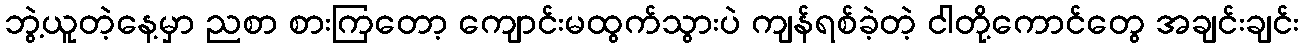
ဘွဲ့ယူတဲ့နေ့မှာ ညစာ စားကြတော့ ကျောင်းမထွက်သွားပဲ ကျန်ရစ်ခဲ့တဲ့ ငါတို့ကောင်တွေ အချင်းချင်း